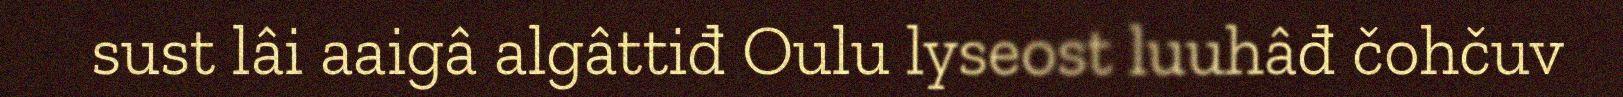
sust lâi aaigâ algâttiđ Oulu lyseost luuhâđ čohčuv